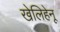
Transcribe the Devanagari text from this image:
खेलिहेनू